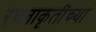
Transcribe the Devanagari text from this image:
रचनाकृतींच्या